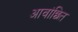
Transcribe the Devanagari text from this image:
आवांछित